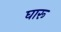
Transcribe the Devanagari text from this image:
घारू